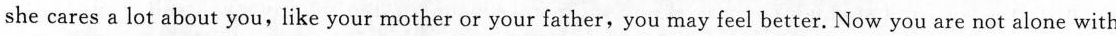
she cares a lot about you, like your mother or your father,you may feel better. Now you are not alone with